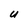
Character: U